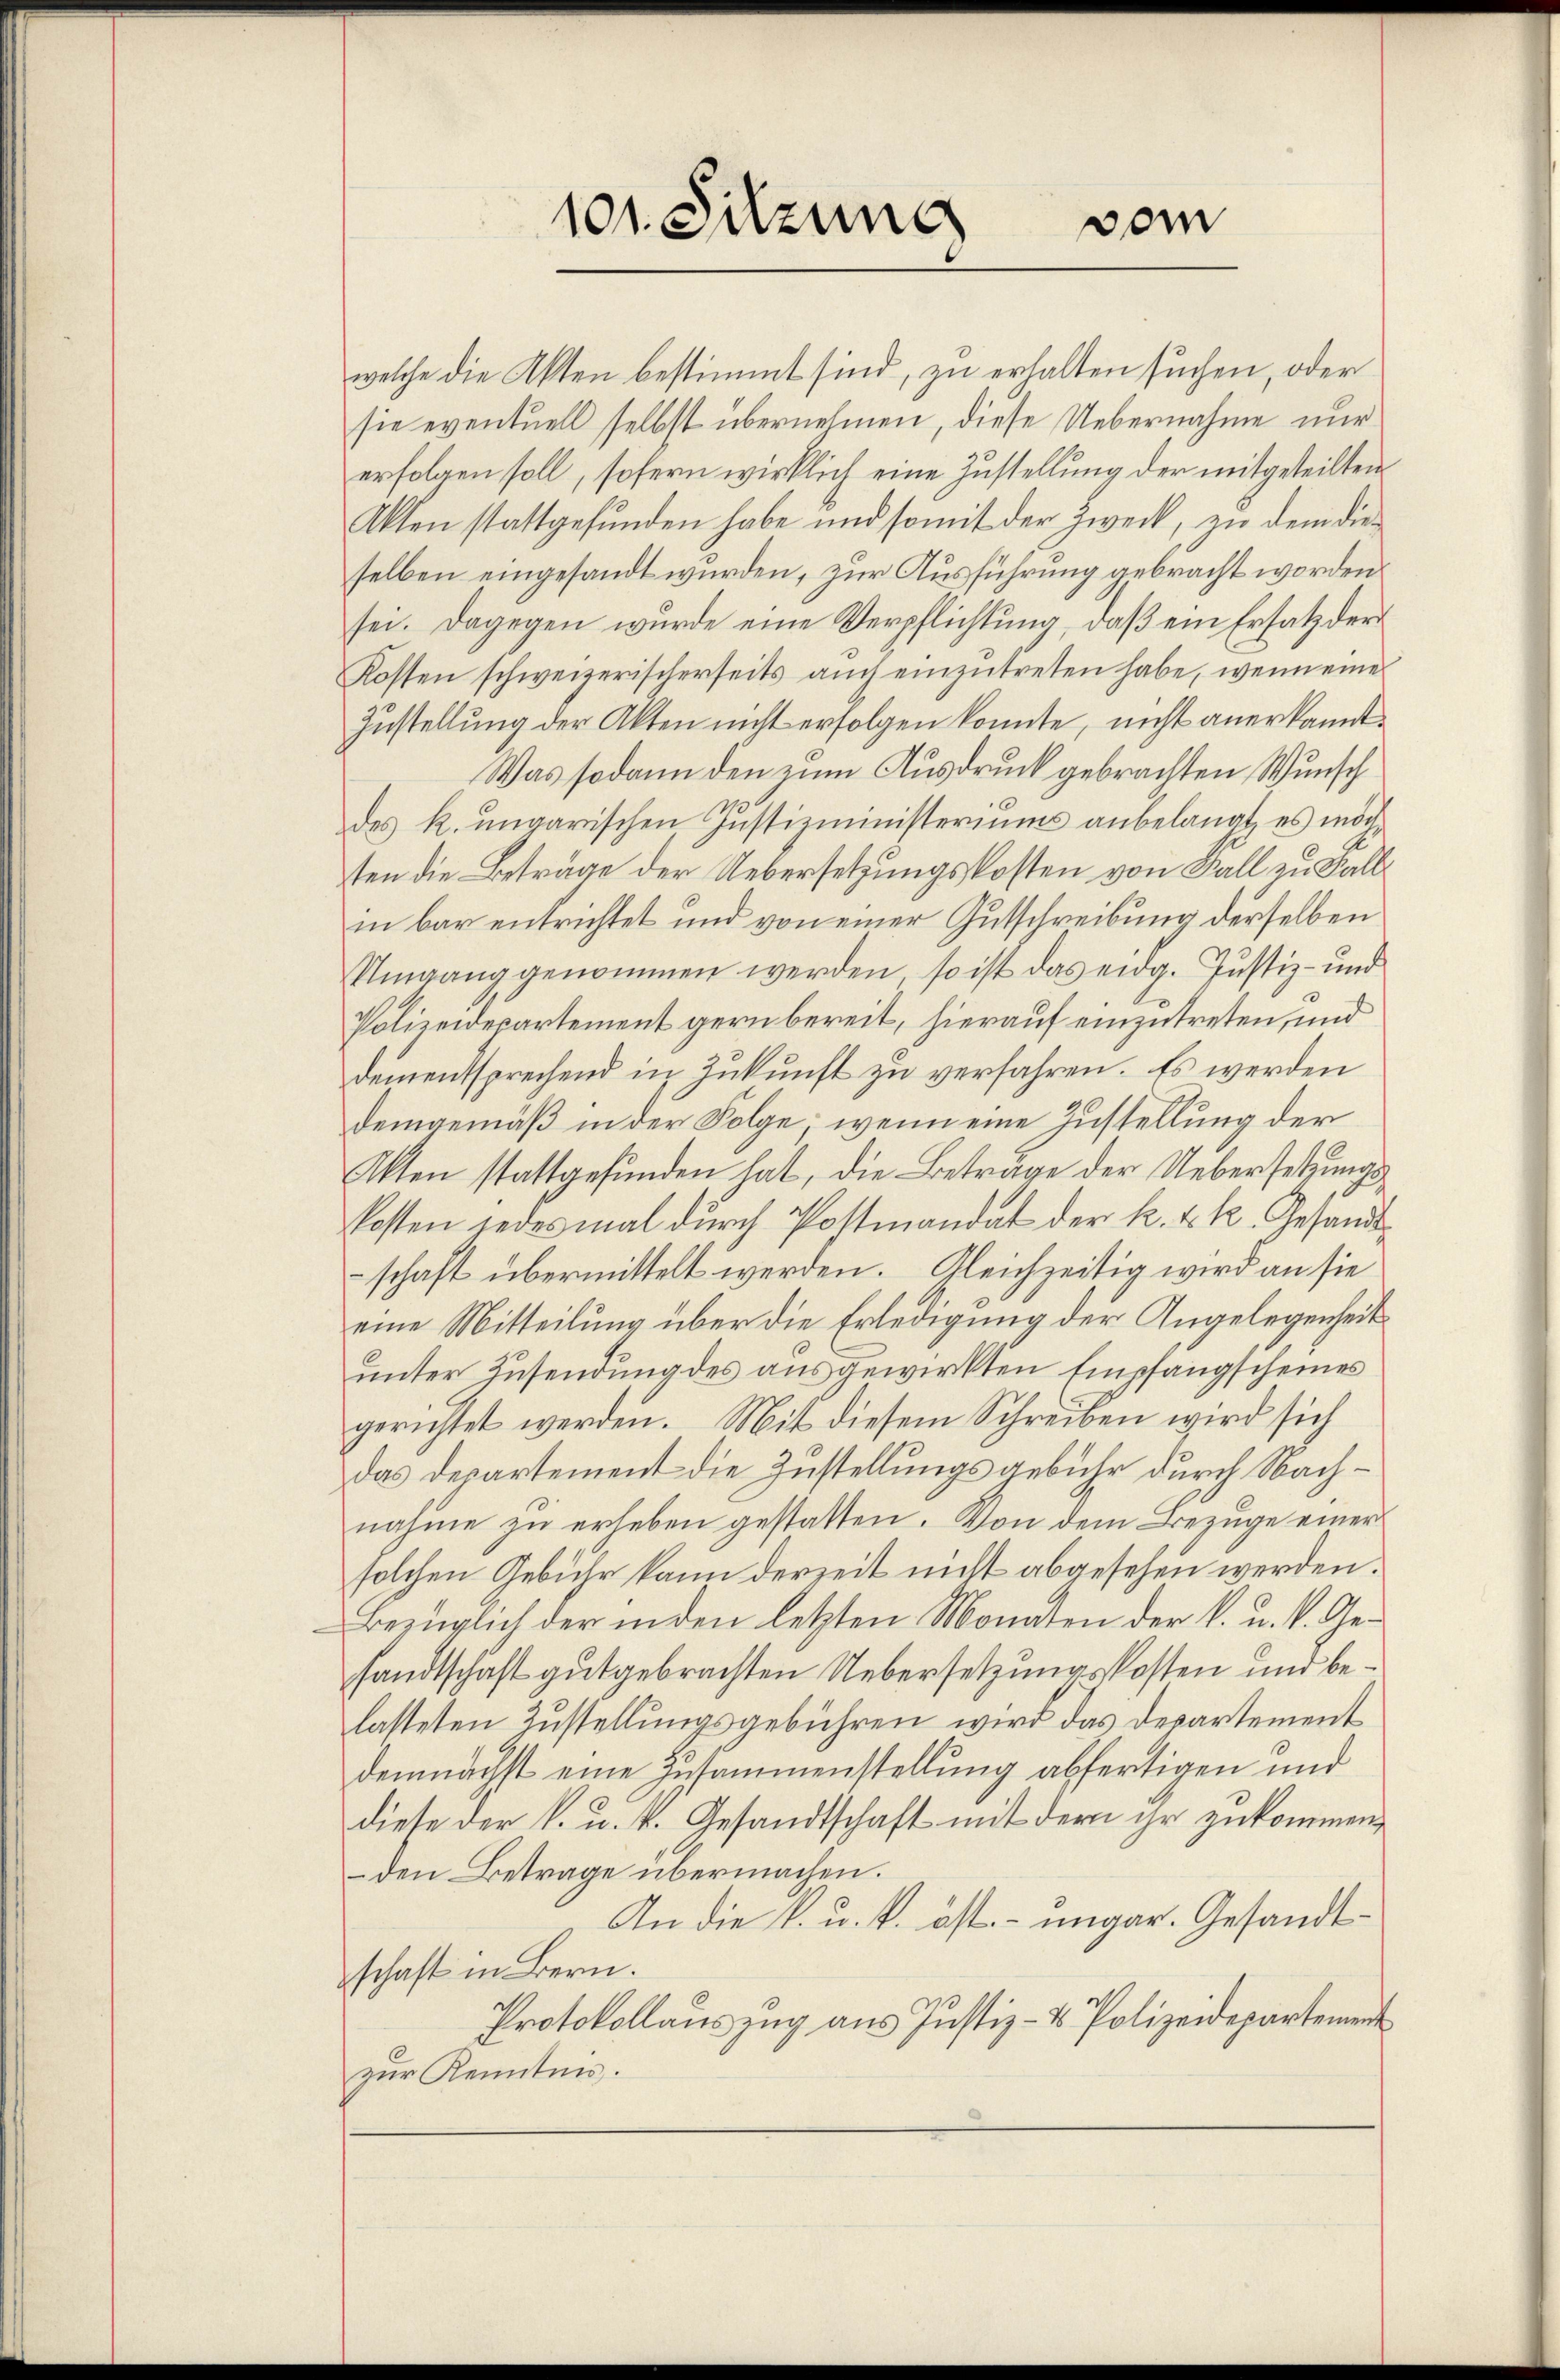
101. Sitzung vom

welche die Akten bestimmt sind, zu erhalten suchen, oder
sie eventuell selbst übernehmen, diese Uebernahme nur
erfolgen soll, sofern wirklich eine Zustellung der mitgeteilten
Akten stattgefunden habe und somit der Zweck, zu dem dieselben eingesandt wurden, zur Ausführung gebracht worden
sei. Dagegen wurde eine Verpflichtung, daß ein Ersatz der
Kossen schweizerischerseits aŭch einzŭtreten habe, wenn eine
Zustellung der Akten nicht erfolgen konnte, nicht anerkannt.
Was sodann den zum Ausdruck gebrachten Wunsch
des k. ungarischen Justizministeriums anbelangt, es möchten die Beträge der Uebersetzungskosten von Fall zu Fallin bar entrichtet und von einer Gutschreibung derselben
Umgang genommen werden, so ist das eidg. Justiz- und
Polizeidepartement gern bereit, hierauf einzutreten, und
dementsprechend in Zukunft zu verfahren. Es werden
demgemäß in der Folge, wenn eine Zustellung der
Akten stattgefunden hat, die Beträge der Uebersetzungskosten jedesmal durch Postmandat der k. k. k. Gesandtschaft übermittelt werden. Gleichzeitig wird an sie
eine Mitteilung über die Erledigung der Angelegenheit
unter Zusendung des ausgewirkten Empfangscheines
gerichtet werden. Mit diesem Schreiben wird sich
das Departement die Zustellungsgebühr durch Nachnahme zu erheben gestatten. Von dem Bezuge einer
solchen Gebühr kann derzeit nicht abgesehen werden.
Bezüglich der inden letzten Monaten der k. u. k. Gesandtschaft gutgebrachten Uebersetzungskosten und belasteten Zustellungsgebühren wird das Departement
demnächst eine Zusammenstellung abfertigen und
diese der k. u. k. Gesandtschaft mit der ihr zukommen,
den Betrage übermachen.
An die k. u. k. öst. – ungar. Gesandtschaft in Bern.
Protokollauszug aus Justiz- & Polizeidepartement
zur Kenntnis.